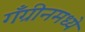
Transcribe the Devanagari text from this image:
गँग्रीनमध्ये